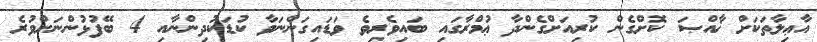
އާޢިލާތަކަށް ޚާއްޞަ ކޮށްގެން ކުރިއަށްގެންދާ ޢުމްރާގައި ބައިވެރިވެ ވަޑައިގަންނަވާ ކުޑަކުދިންނާއި 4 ބޭފުޅުންނަށްވުރެ